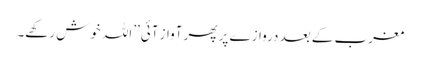
مغرب کے بعد دروازے پر پھر آواز آئی’’اللہ خوش رکھے۔